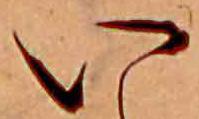
い